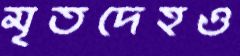
মৃতদেহও